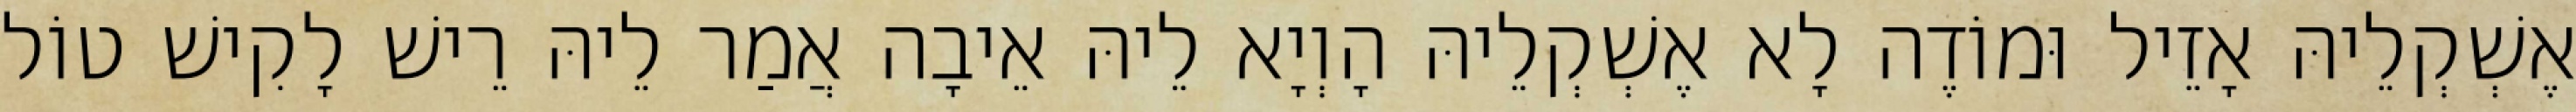
אֶשְׁקְלֵיהּ אָזֵיל וּמוֹדֶה לָא אֶשְׁקְלֵיהּ הָוְיָא לֵיהּ אֵיבָה אֲמַר לֵיהּ רֵישׁ לָקִישׁ טוֹל